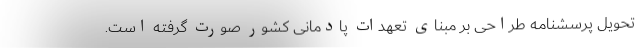
تحویل پرسشنامه طراحی بر مبنای تعهدات پادمانی کشور صورت گرفته است.